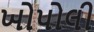
ખોપોલી